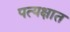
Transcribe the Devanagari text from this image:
पत्यक्षात